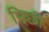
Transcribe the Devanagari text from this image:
पिछी